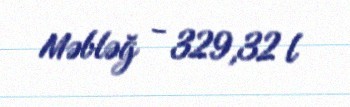
Məbləğ - 329,32 l